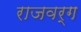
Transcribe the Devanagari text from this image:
राजवर्ग